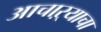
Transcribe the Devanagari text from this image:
आचाऱ्याचा